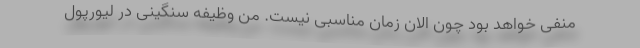
منفی خواهد بود چون الان زمان مناسبی نیست. من وظیفه سنگینی در لیورپول